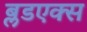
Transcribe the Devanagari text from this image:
ब्लडएक्स